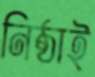
নিষ্ঠাই